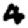
Digit: 4